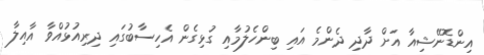
އިންޑޮނޭޝިއާ އަށް ދާދި ދެންމެ އައި ބިންހެލުމާއި ގުޅިގެން އެހިސާބުގައި ދިރިއުޅުއްވާ އާއިލާ